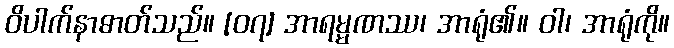
ဝိပါက်နာဓာတ်သည်။ [၀၇] အာရမ္မဏဿ၊ အာရုံ၏။ ဝါ၊ အာရုံကို။